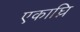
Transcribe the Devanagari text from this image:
एकाघ्नि